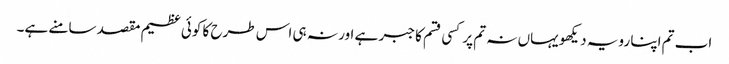
اب تم اپنا رویہ دیکھو یہاں نہ تم پر کسی قسم کا جبر ہے اور نہ ہی اس طرح کا کوئی عظیم مقصد سامنے ہے۔